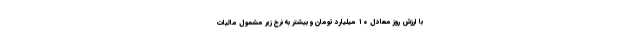
با ارزش روز معادل ۱۰ میلیارد تومان و بیشتر به نرخ زیر مشمول مالیات